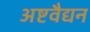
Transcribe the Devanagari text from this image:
अष्टवैद्यन